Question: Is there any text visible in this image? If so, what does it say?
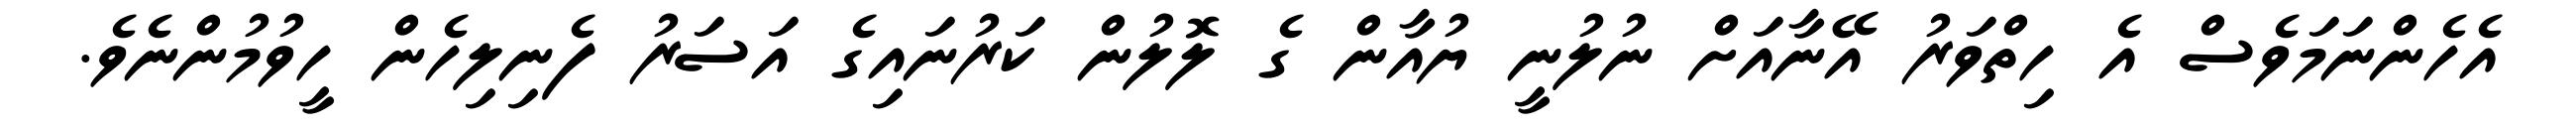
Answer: އެހެންނަމަވެސް އެ ހިތްވަރު އޭނާއަށް ނުލުނީ ޔުއާން ގެ ލޮލުން ކަރުނައިގެ އަސަރު ފެނިލިހެން ހީވުމުންނެވެ.